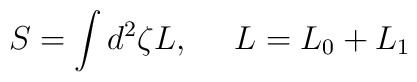
S=\int d^2\zeta L,~~~~L=L_0+L_1